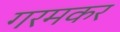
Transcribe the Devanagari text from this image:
गरमकर